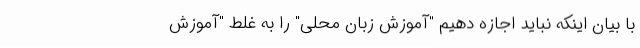
با بیان اینکه نباید اجازه دهیم "آموزش زبان محلی" را به غلط "آموزش